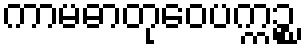
ကာမဓာတုဝေပက္ကဉ္စ